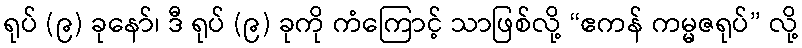
ရုပ် (၉) ခုနော်၊ ဒီ ရုပ် (၉) ခုကို ကံကြောင့် သာဖြစ်လို့ “ဧကန် ကမ္မဇရုပ်” လို့